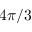
4 \pi / 3